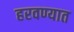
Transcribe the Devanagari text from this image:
हरवण्यात